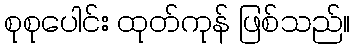
စုစုပေါင်း ထုတ်ကုန် ဖြစ်သည်။